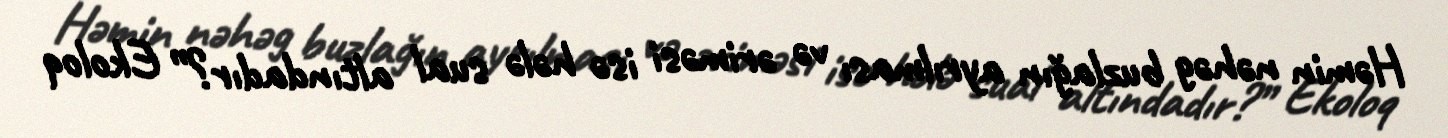
Həmin nəhəg buzlağın ayrılması və əriməsi isə hələ sual altındadır?” Ekoloq